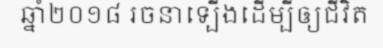
ឆ្នាំ២០១៨ រចនាទ្បើងដើម្បីឲ្យជីវិត